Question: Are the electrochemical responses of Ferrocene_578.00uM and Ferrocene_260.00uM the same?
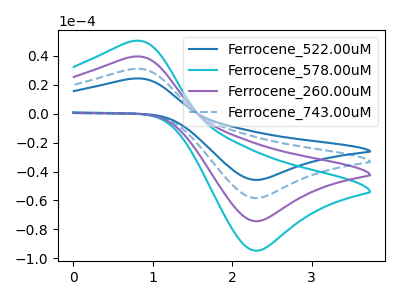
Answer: <think>The blue curve "Ferrocene_522.00uM" has an anodic peak at (0.75V, 118.20uA) and a cathodic peak at (2.30V, -223.05uA). The cyan curve "Ferrocene_578.00uM" has an anodic peak at (0.75V, 50.20uA) and a cathodic peak at (2.30V, -94.75uA). The purple curve "Ferrocene_260.00uM" has an anodic peak at (0.75V, 39.40uA) and a cathodic peak at (2.30V, -74.35uA). The blue dashed curve "Ferrocene_743.00uM" has an anodic peak at (0.75V, 78.80uA) and a cathodic peak at (2.30V, -148.70uA).
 All the peaks in "Ferrocene_578.00uM" have a peak in "Ferrocene_260.00uM" at the same potential. Every peak in "Ferrocene_578.00uM" is higher than every peak in "Ferrocene_260.00uM".</think>
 <answer>"Ferrocene_578.00uM" and "Ferrocene_260.00uM" are similar in shape.</answer>
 <eval>same_shape</eval>